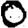
Digit: 0